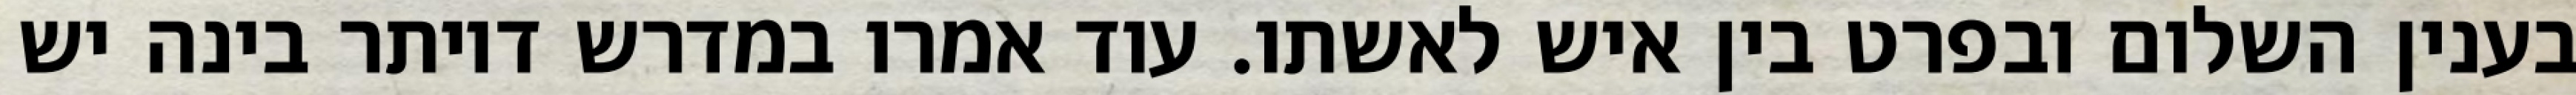
בענין השלום ובפרט בין איש לאשתו. עוד אמרו במדרש דיותר בינה יש